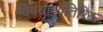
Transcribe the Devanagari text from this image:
विषयांव्यतिरिक्त